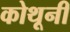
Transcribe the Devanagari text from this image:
कोथूनी